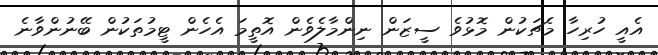
އެއީ ހުރިހާ މެޗަކުން މޮޅުވެ ސީޒަން ނިންމާލެވެން އޮތީމަ އެހެން ޓީމުތަކުން ބޭނުންވާނެ